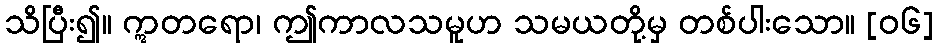
သိပြီး၍။ ဣတရော၊ ဤကာလသမူဟ သမယတို့မှ တစ်ပါးသော။ [၀၆]